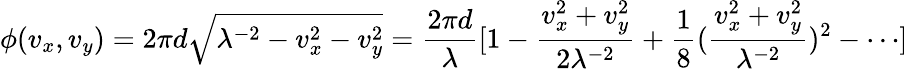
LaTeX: \phi(v_{x},v_{y})=2\pi d\sqrt{\lambda^{-2}-v_{x}^{2}-v_{y}^{2}}=\frac{2\pi d}{\lambda}[1-\frac{v_{x}^{2}+v_{y}^{2}}{2\lambda^{-2}}+\frac{1}{8}(\frac{v_{x}^{2}+v_{y}^{2}}{\lambda^{-2}})^{2}-\cdots]